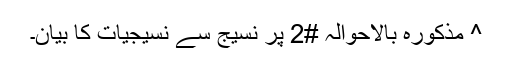
^ مذکورہ بالاحوالہ #2 پر نسیج سے نسیجیات کا بیان۔